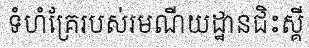
ទំហំគ្រែរបស់រមណីយដ្ឋានជិះស្គី